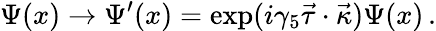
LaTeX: \Psi(x)\to\Psi^{\prime}(x)=\exp(i\gamma_{5}\vec{\tau}\cdot\vec{\kappa})\Psi(x)\, .